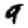
Digit: 9